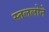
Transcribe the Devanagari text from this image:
स्तललोने